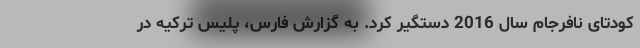
کودتای نافرجام سال 2016 دستگیر کرد. به گزارش فارس، پلیس ترکیه در